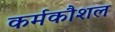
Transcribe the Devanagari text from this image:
कर्मकौशल